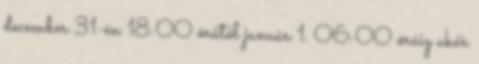
december 31-én 18:00 órától január 1. 06:00 óráig akár